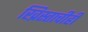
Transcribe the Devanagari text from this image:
ख्रिस्ताचीही